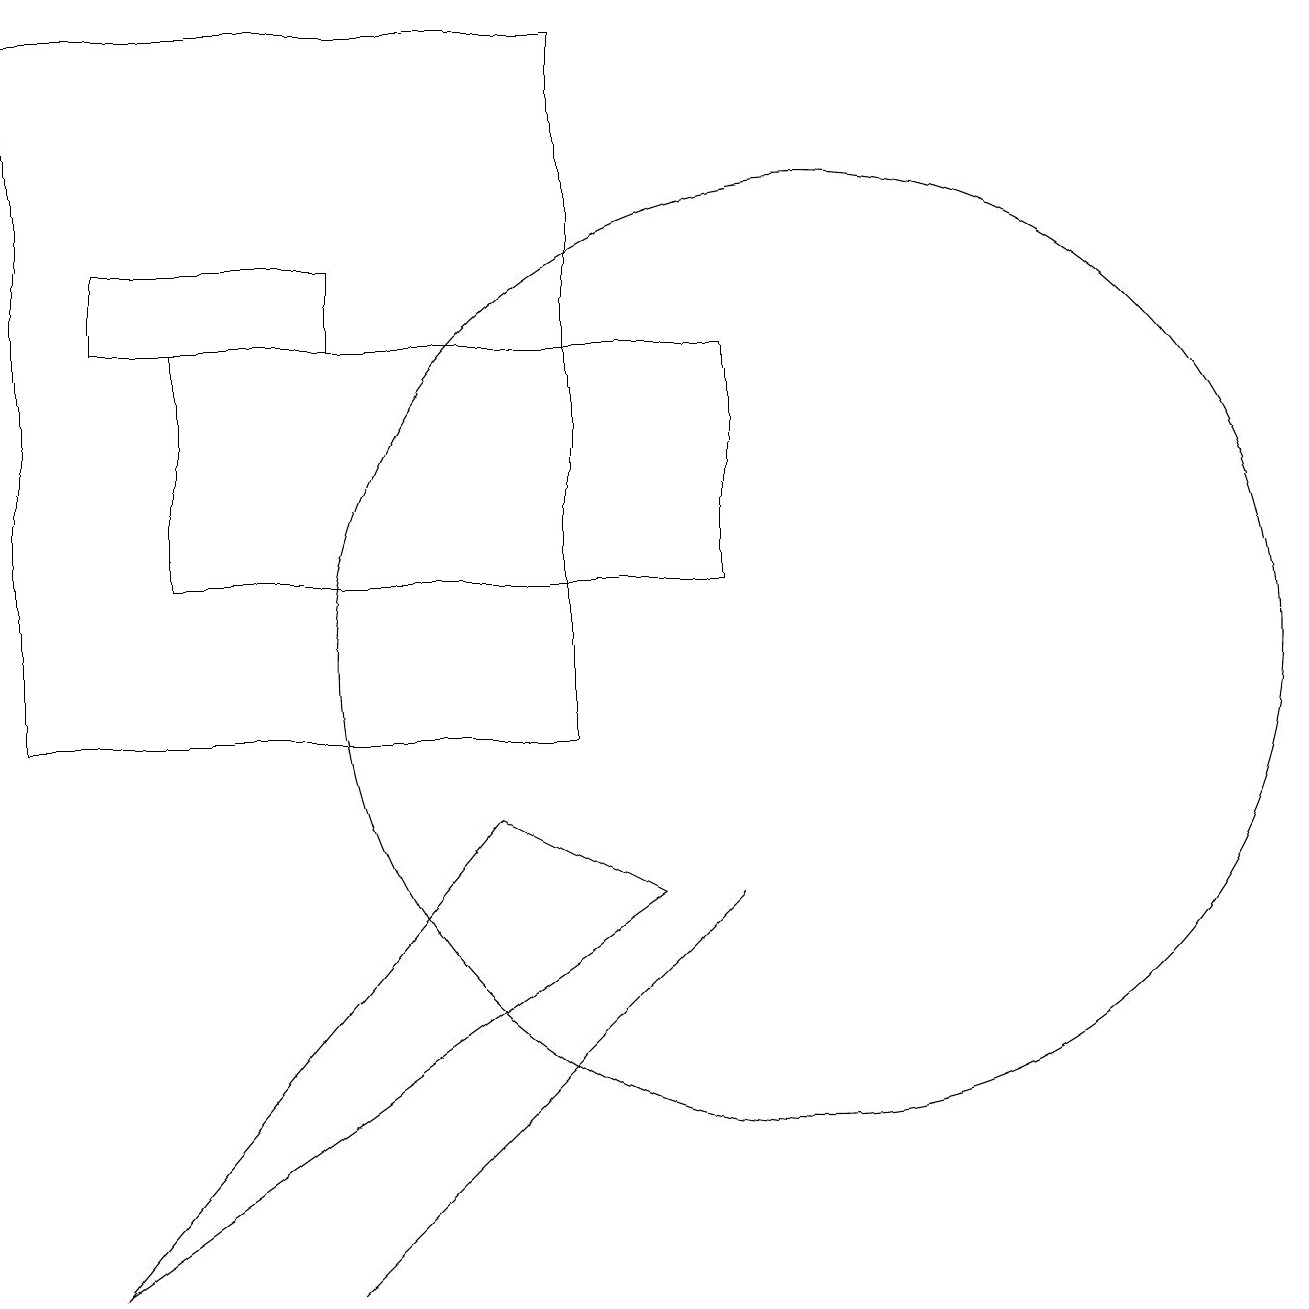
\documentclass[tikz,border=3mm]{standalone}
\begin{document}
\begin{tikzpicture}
\draw (0,19) rectangle (7,10);
\draw (9,12) rectangle (2,15);
\draw (6,9) -- (1,3) -- (8,8) -- cycle;
\draw (4,3) -- (9,8) -- (6,5) -- cycle;
\draw (10,11) circle (6);
\draw (4,15) rectangle (1,16);
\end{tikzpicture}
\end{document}